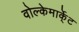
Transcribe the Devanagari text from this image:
वोल्केमार्के्ट